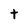
Character: t